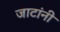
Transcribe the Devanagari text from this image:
जाटांनी